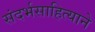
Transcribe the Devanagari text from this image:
संदर्भसाहित्याने